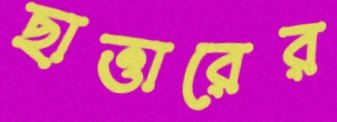
ছাত্তারের